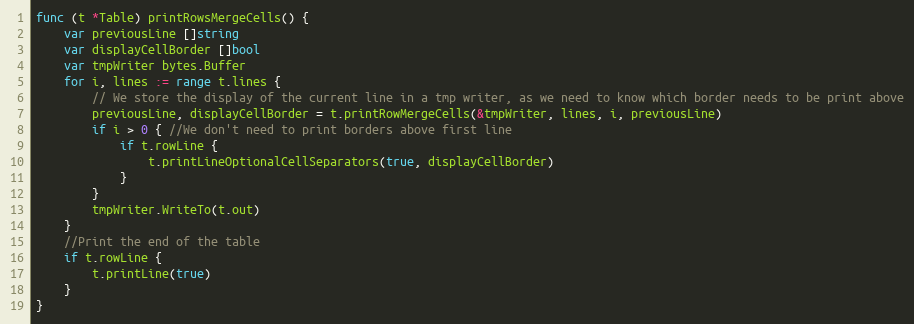
Language: Go
func (t *Table) printRowsMergeCells() {
	var previousLine []string
	var displayCellBorder []bool
	var tmpWriter bytes.Buffer
	for i, lines := range t.lines {
		// We store the display of the current line in a tmp writer, as we need to know which border needs to be print above
		previousLine, displayCellBorder = t.printRowMergeCells(&tmpWriter, lines, i, previousLine)
		if i > 0 { //We don't need to print borders above first line
			if t.rowLine {
				t.printLineOptionalCellSeparators(true, displayCellBorder)
			}
		}
		tmpWriter.WriteTo(t.out)
	}
	//Print the end of the table
	if t.rowLine {
		t.printLine(true)
	}
}